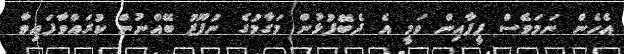
އެހެން ނަމަވެސް ފީފާއިން ވަމީ އެ ދެބޭފުޅުން މަގާމުގެ ނުފޫޒު ބޭއްނުން ކުރައްވާފައިވާ